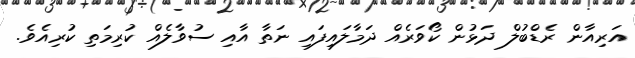
އަރިއާން ރެޑްބުލް ދަޅުން ކޯވަރެއް ދަމާލައިފައި ނަތާ އާއި ސުވާލެއް ކުރިމަތި ކުރިއެވެ.